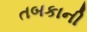
તબકાની